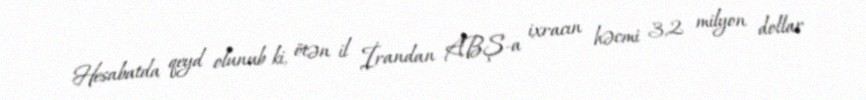
Hesabatda qeyd olunub ki, ötən il İrandan ABŞ-a ixracın həcmi 3,2 milyon dollar